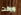
ووقت